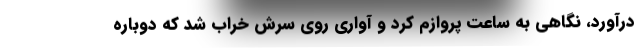
درآورد، نگاهی به ساعت پروازم کرد و آواری روی سرش خراب شد که دوباره